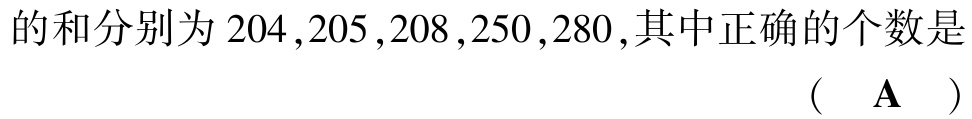
的和分别为 \(204,205,208,250,280\),其中正确的个数是

（  \(\mathbf{A}\)  ）